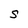
Character: S